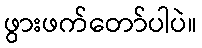
ဖွားဖက်တော်ပါပဲ။